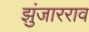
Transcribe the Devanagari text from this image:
झुंजारराव